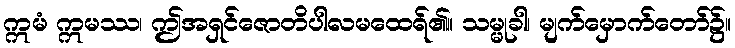
ဣမံ ဣမဿ၊ ဤအရှင်ဇောတိပါလမထေရ်၏။ သမ္မုခါ၊ မျက်မှောက်တော်၌။